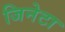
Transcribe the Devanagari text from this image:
जिनेटा